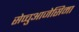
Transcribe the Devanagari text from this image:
सेप्चुआजेसिमा